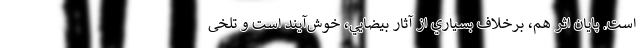
است. پايان اثر هم، برخلاف بسياري از آثار بيضايي، خوش‌آيند است و تلخی